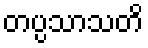
တပ္ပသာသတိ